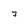
Character: 7